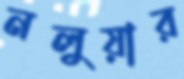
নলুয়ার